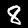
Digit: 8